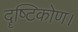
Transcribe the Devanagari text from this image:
दॄष्‍टिकोण।